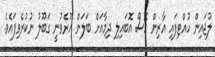
ލުޖައިން ހުއްޓިފައި އާރިން ގޮސް އޮބައިލި ދިމާއަށް ބަލަން ހުރެވުނީ ގަބޫލު ނުކުރެވިފައެވެ.